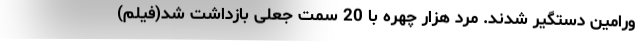
ورامین دستگیر شدند. مرد هزار چهره با 20 سمت جعلی بازداشت شد(فیلم)